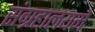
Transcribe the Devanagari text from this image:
संग्रहालयमें